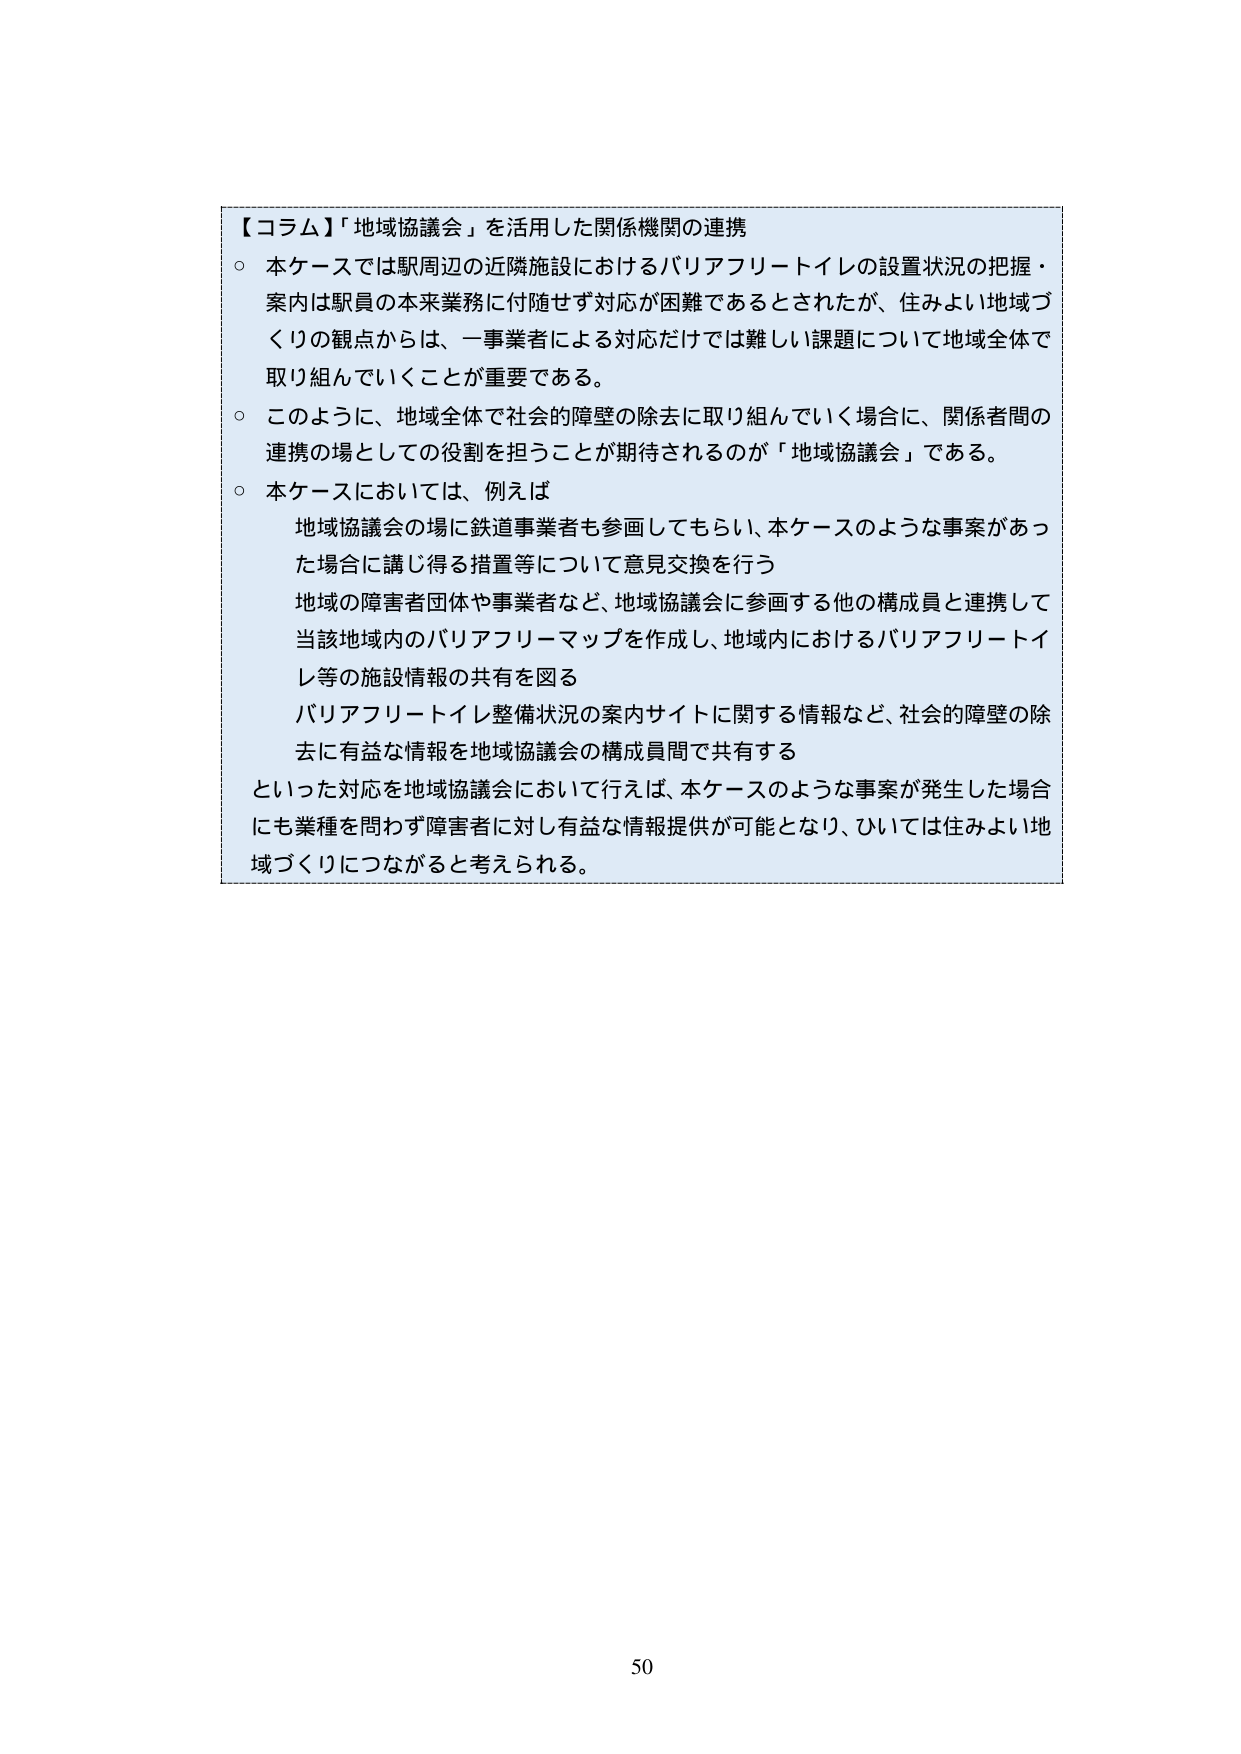
【コラム】「地域協議会」を活用した関係機関の連携
○ 本ケースでは駅周辺の近隣施設におけるバリアフリートイレの設置状況の把握・案内は駅員の本来業務に付随せず対応が困難であるとされたが、住みよい地域づくりの観点からは、一事業者による対応だけでは難しい課題について地域全体で取り組んでいくことが重要である。
○ このように、地域全体で社会的障壁の除去に取り組んでいく場合に、関係者間の連携の場としての役割を担うことが期待されるのが「地域協議会」である。
○ 本ケースにおいては、例えば
　　地域協議会の場に鉄道事業者も参画してもらい、本ケースのような事案があった場合に講じ得る措置等について意見交換を行う
　　地域の障害者団体や事業者など、地域協議会に参画する他の構成員と連携して当該地域内のバリアフリーマップを作成し、地域内におけるバリアフリートイレ等の施設情報の共有を図る
　　バリアフリートイレ整備状況の案内サイトに関する情報など、社会的障壁の除去に有益な情報を地域協議会の構成員間で共有する
といった対応を地域協議会において行えば、本ケースのような事案が発生した場合にも業種を問わず障害者に対し有益な情報提供が可能となり、ひいては住みよい地域づくりにつながると考えられる。

50